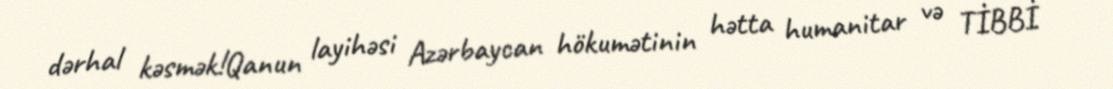
dərhal kəsmək!Qanun layihəsi Azərbaycan hökumətinin hətta humanitar və TİBBİ